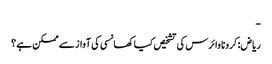
-
ریاض: کرونا وائرس کی تشخیص کیا کھانسی کی آواز سے ممکن ہے؟